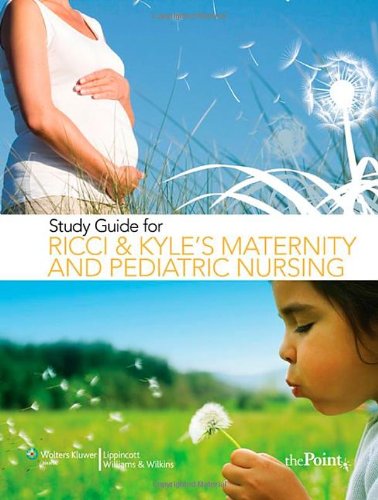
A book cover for Study Guide for Ricci and Kyle's Maternity and Pediatric Nursing; Susan Scott Ricci ARNP  MSN  M.Ed.; Medical Books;